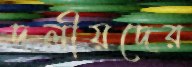
দলীয়দের